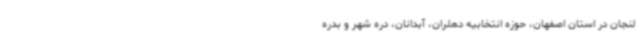
لنجان در استان اصفهان، حوزه انتخابیه دهلران، آبدانان، دره شهر و بدره